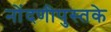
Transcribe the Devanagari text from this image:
नोंदणीपुस्तके